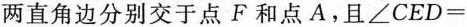
两直角边分别交于点F和点A.且\angle CED=